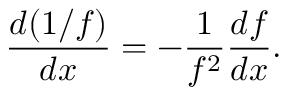
{ \frac { d ( 1 / f ) } { d x } } = - { \frac { 1 } { f ^ { 2 } } } { \frac { d f } { d x } } .